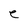
Character: e